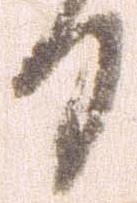
る